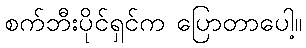
စက်ဘီးပိုင်ရှင်က ပြောတာပေါ့။